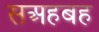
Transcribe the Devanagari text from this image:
सअहबह